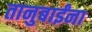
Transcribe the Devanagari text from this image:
तानुबाईंना